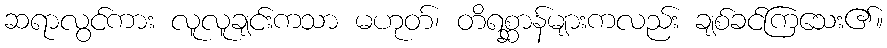
ဆရာလွင်ကား လူလူချင်းကသာ မဟုတ်၊ တိရစ္ဆာန်များကလည်း ချစ်ခင်ကြသေး၏။